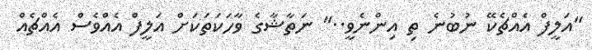
"އަލީފް އެއްޗެކޭ ނުބުނެ ތި އިންނެވީ.." ނަތާޝާގެ ވާހަކަތަކަށް އަލީފް އެއްވެސް އެއްޗެއް